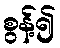
စွန့်၍